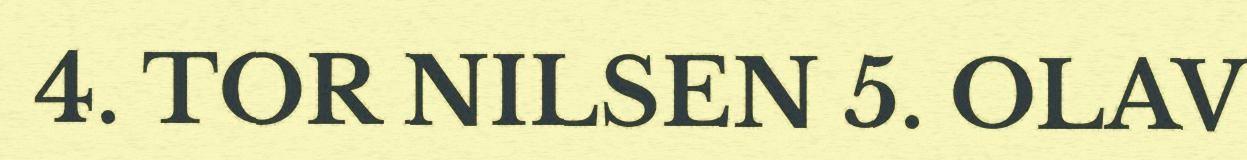
4. TOR NILSEN 5. OLAV